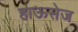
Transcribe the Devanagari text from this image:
हाऊसेज